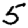
Digit: 5